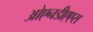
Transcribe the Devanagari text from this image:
ओएनडीएएस